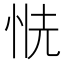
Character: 𢙧